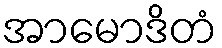
အာမောဒိတံ